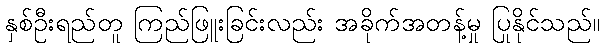
နှစ်ဦးရည်တူ ကြည်ဖြူးခြင်းလည်း အခိုက်အတန့်မှု ပြုနိုင်သည်။